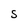
Character: s